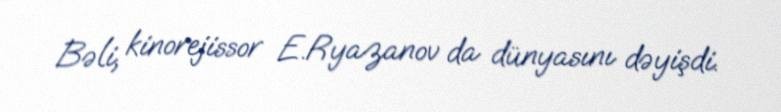
Bəli, kinorejissor E.Ryazanov da dünyasını dəyişdi.